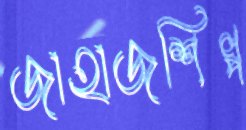
জাহাজশিল্প